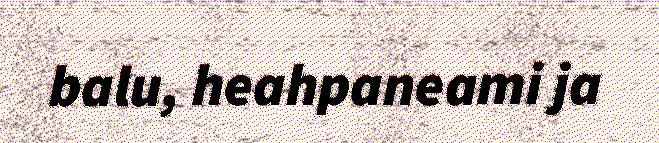
balu, heahpaneami ja